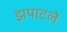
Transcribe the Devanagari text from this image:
झपाटले